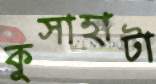
কুসাহাটা